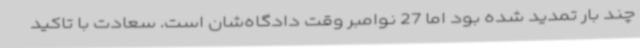
چند بار تمدید شده بود اما 27 نوامبر وقت دادگاه‌شان است. سعادت با تاکید